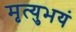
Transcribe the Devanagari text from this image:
मृत्युभयं